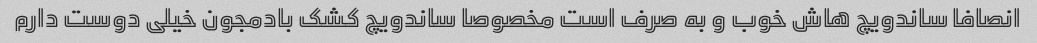
انصافا ساندویچ هاش خوب و به صرف است مخصوصا ساندویچ کشک بادمجون خیلی دوست دارم